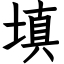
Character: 填